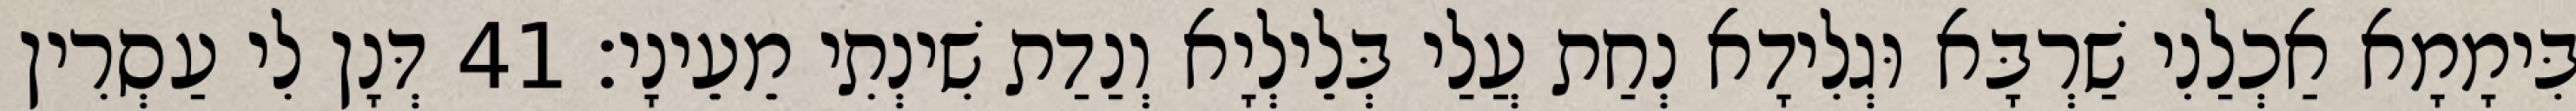
בִּימָמָא אַכְלַנִי שַׁרְבָּא וּגְלִידָא נְחַת עֲלַי בְּלֵילְיָא וְנַדַת שִׁינְתִי מֵעֵינָי׃ 41 דְּנָן לִי עַסְרִין